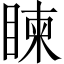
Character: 𥈵